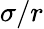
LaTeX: \sigma/r